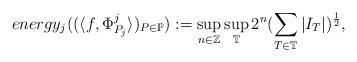
LaTeX: \begin{align*} energy_{j}((\langle f,\Phi^{j}_{P_{j}}\rangle)_{P\in\mathbb{P}}):=\sup_{n\in\mathbb{Z}}\sup_{\mathbb{T}}2^{n}(\sum_{T\in\mathbb{T}}|I_{T}|)^{\frac{1}{2}},\end{align*}